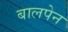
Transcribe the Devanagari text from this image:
बालपेन